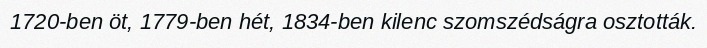
1720-ben öt, 1779-ben hét, 1834-ben kilenc szomszédságra osztották.